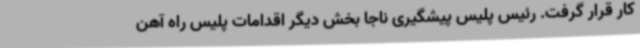
کار قرار گرفت. رئیس پلیس پیشگیری ناجا بخش دیگر اقدامات پلیس راه آهن